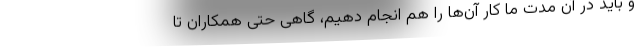
و باید در آن مدت ما کار آن‌ها را هم انجام دهیم، گاهی حتی همکاران تا